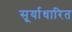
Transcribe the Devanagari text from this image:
सूर्याधारित